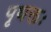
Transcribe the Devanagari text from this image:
पृथक्तः